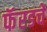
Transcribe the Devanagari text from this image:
फॅरडचे